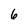
Character: 6